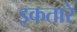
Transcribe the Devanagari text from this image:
इकतारे